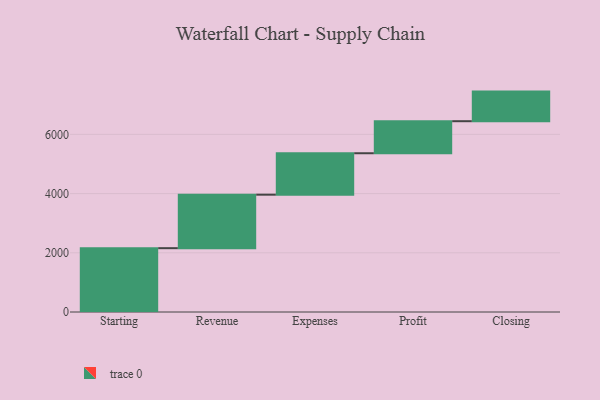
{"axis": {"x": "Step", "y": "Value"}, "legend": [""], "data": [{"x": "Starting", "y": 2156.0, "type": ""}, {"x": "Revenue", "y": 1807.0, "type": ""}, {"x": "Expenses", "y": 1400.0, "type": ""}, {"x": "Profit", "y": 1082.0, "type": ""}, {"x": "Closing", "y": 1000, "type": ""}]}